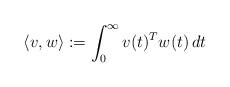
LaTeX: \begin{align*}\langle v, w \rangle := \int_0^\infty v(t)^Tw(t) \, dt\end{align*}